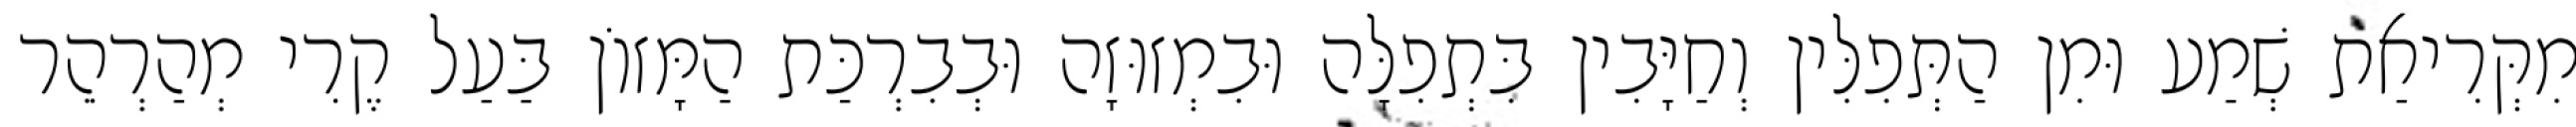
מִקְּרִיאַת שְׁמַע וּמִן הַתְּפִלִּין וְחַיָּבִין בִּתְפִלָּה וּבִמְזוּזָה וּבְבִרְכַּת הַמָּזוֹן בַּעַל קֶרִי מְהַרְהֵר